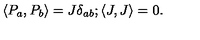
\langle P _ { a } , P _ { b } \rangle = J \delta _ { a b } ; \langle J , J \rangle = 0 .